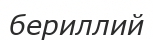
бериллий